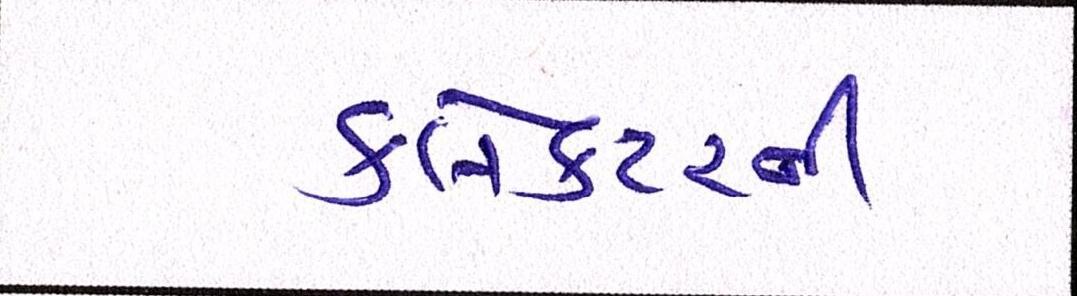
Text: કલેક્ટરની